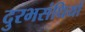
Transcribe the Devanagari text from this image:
दुरभसंधियों